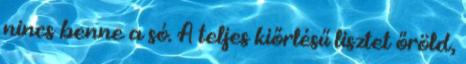
nincs benne a só. A teljes kiőrlésű lisztet őröld,